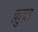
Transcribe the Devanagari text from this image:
क़ुबा